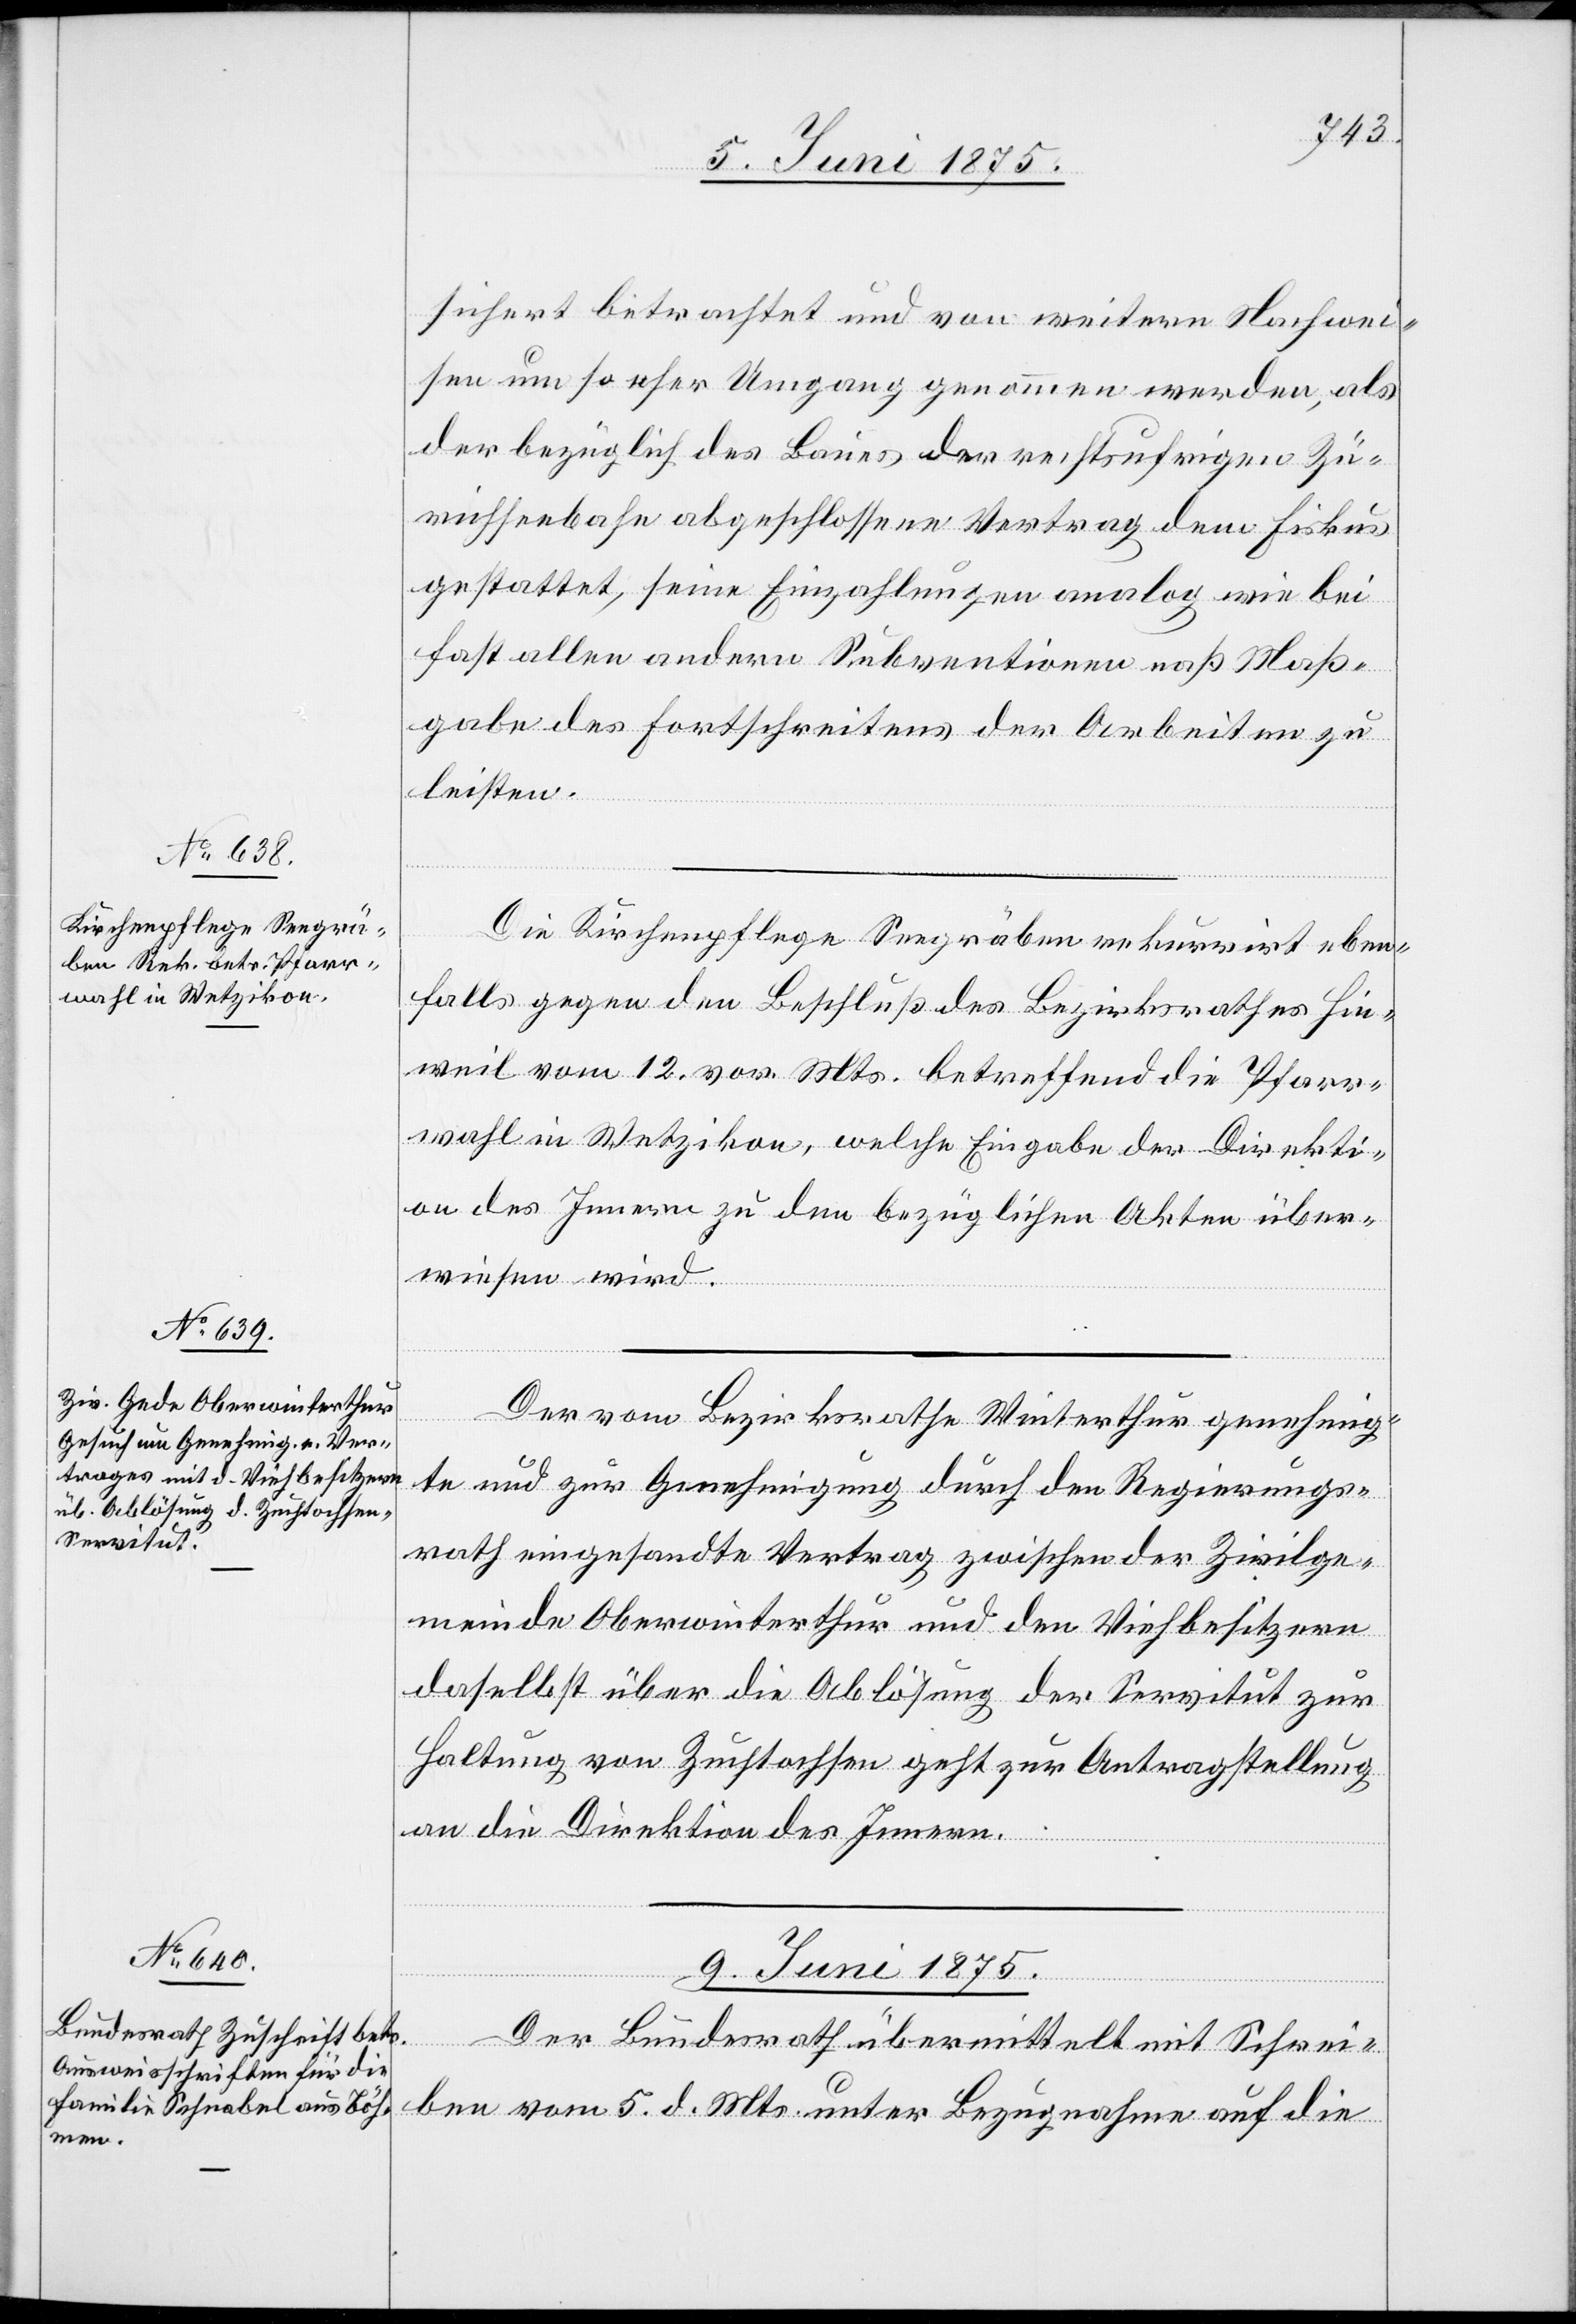
8. Juni 1875.]
sichert betrachtet und von weitern Nachwei¬
sen um so eher Umgang genommen werden, als
der bezüglich des Baues der rechtsufrigen Zü¬
richseebahn abgeschlossenen Vertrag dem Fiskus
gestattet, seine Einzahlungen analog wie bei
fast allen andern Subventionen naß [r¬
gabe des Fortschreitens der Arbeiten zu
leisten.
Die Kirchenpflege Seegräben rekurrirt eben¬
falls gegen den Beschluß des Bezirksrathes Hin¬
weil vom 12. vor. Mts. betreffend die Pfarr¬
wahl in Wetzikon, welche Eingabe der Direkti¬
on des Innern zu den bezüglichen Akten über¬
wiesen wird.
te und zur Genehmigung durch den Regierungs¬
rath eingesandte Vertrag zwischen der Zivilge¬
meinde Oberwinterthur und den Viehbesitzern
daselbst über die Ablösung der Servitut zur
Haltung von Zuchtochsen geht zur Antragstellung
an die Direktion des Innern.
ecte:
9. Juni 1875.
genehmig¬
Der Bundesrath übermittelt mit Schrei¬
ben vom 5. d. Mts. unter Bezugnahme auf die